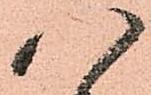
八